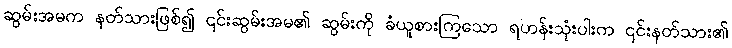
ဆွမ်းအမက နတ်သားဖြစ်၍ ၎င်းဆွမ်းအမ၏ ဆွမ်းကို ခံယူစားကြသော ရဟန်းသုံးပါးက ၎င်းနတ်သား၏